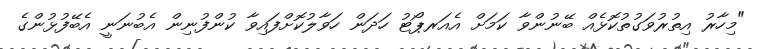
"މިހާރު އިތުރުވަގުތުކޮޅެއް ބޭނުންވާ ކަމަށް އެއަރޕޯޓު ހަދަން ހަވާލުކޮށްފައިވާ ކުންފުނިން އެބުނަނީ އެބޭފުޅުންގެ